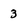
Character: 3